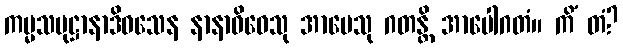
ကမ္မသမုဋ္ဌာနာဒိဝသေန နာနာဝိဓေသု အာပေသု ဂတန္တိ အာပေါဂတံ။ ကိံ တံ?